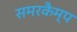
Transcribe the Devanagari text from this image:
समरकैम्प